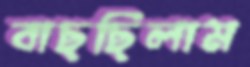
বাছছিলাম